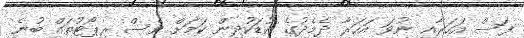
ފަސް އަހަރާއި ނުވަ އަހަރާ ދެމެދުގެ ކުޑަކުދިން ކަމަށް ވެސް ރިޕޯޓުތައް ބުނެ